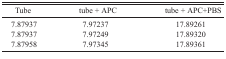
<table><thead><tr><td><b>Tube</b></td><td><b>tube + APC</b></td><td><b>tube + APC+PBS</b></td></tr></thead><tbody><tr><td>7.87937</td><td>7.97237</td><td>17.89261</td></tr><tr><td>7.87937</td><td>7.97249</td><td>17.89320</td></tr><tr><td>7.87958</td><td>7.97345</td><td>17.89361</td></tr></tbody></table>